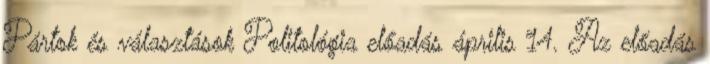
Pártok és választások Politológia előadás április 14. Az előadás